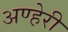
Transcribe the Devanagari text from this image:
अण्हेरी